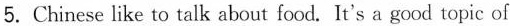
5.Chinese like to talk about food. It's a good topic of